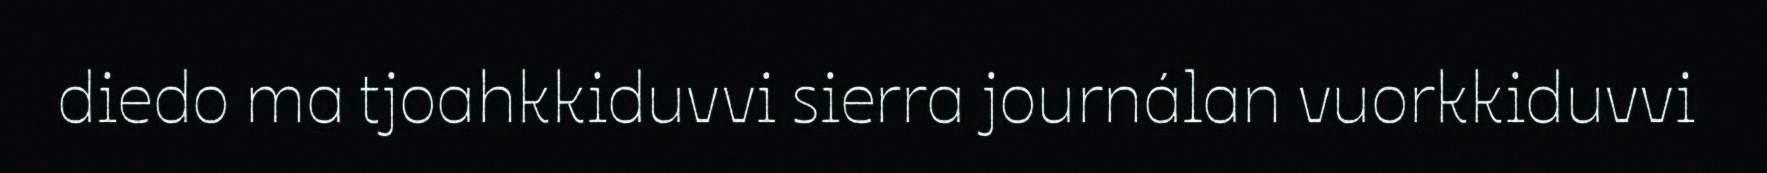
diedo ma tjoahkkiduvvi sierra journálan vuorkkiduvvi